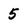
Character: 5